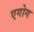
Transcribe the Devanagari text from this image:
एगोग